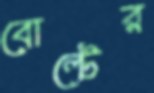
বোল্টের